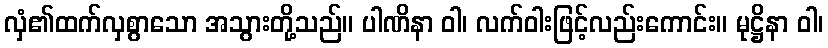
လှံ၏ထက်လှစွာသော အသွားတို့သည်။ ပါဏိနာ ဝါ၊ လက်ဝါးဖြင့်လည်းကောင်း။ မုဋ္ဌိနာ ဝါ၊